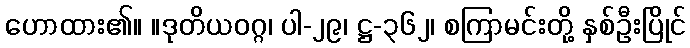
ဟောထား၏။ ။ဒုတိယဝဂ္ဂ၊ ပါ-၂၉၊ ဋ္ဌ-၃၆၂၊ စကြာမင်းတို့ နှစ်ဦးပြိုင်